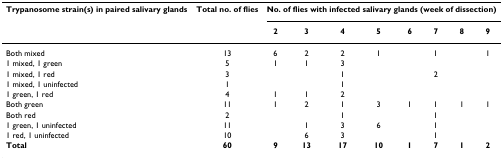
<table><thead><tr><td><b>Trypanosome strain(s) in paired salivary glands</b></td><td><b>Total no. of flies</b></td><td colspan="8"><b>No. of flies with infected salivary glands (week of dissection)</b></td></tr><tr><td></td><td></td><td><b>2</b></td><td><b>3</b></td><td><b>4</b></td><td><b>5</b></td><td><b>6</b></td><td><b>7</b></td><td><b>8</b></td><td><b>9</b></td></tr></thead><tbody><tr><td>Both mixed</td><td>13</td><td>6</td><td>2</td><td>2</td><td>1</td><td></td><td>1</td><td></td><td>1</td></tr><tr><td>1 mixed, 1 green</td><td>5</td><td>1</td><td>1</td><td>3</td><td></td><td></td><td></td><td></td><td></td></tr><tr><td>1 mixed, 1 red</td><td>3</td><td></td><td></td><td>1</td><td></td><td></td><td>2</td><td></td><td></td></tr><tr><td>1 mixed, 1 uninfected</td><td>1</td><td></td><td></td><td>1</td><td></td><td></td><td></td><td></td><td></td></tr><tr><td>1 green, 1 red</td><td>4</td><td>1</td><td>1</td><td>2</td><td></td><td></td><td></td><td></td><td></td></tr><tr><td>Both green</td><td>11</td><td>1</td><td>2</td><td>1</td><td>3</td><td>1</td><td>1</td><td>1</td><td>1</td></tr><tr><td>Both red</td><td>2</td><td></td><td></td><td>1</td><td></td><td></td><td>1</td><td></td><td></td></tr><tr><td>1 green, 1 uninfected</td><td>11</td><td></td><td>1</td><td>3</td><td>6</td><td></td><td>1</td><td></td><td></td></tr><tr><td>1 red, 1 uninfected</td><td>10</td><td></td><td>6</td><td>3</td><td></td><td></td><td>1</td><td></td><td></td></tr><tr><td><b>Total</b></td><td><b>60</b></td><td><b>9</b></td><td><b>13</b></td><td><b>17</b></td><td><b>10</b></td><td><b>1</b></td><td><b>7</b></td><td><b>1</b></td><td><b>2</b></td></tr></tbody></table>